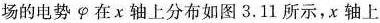
场的电势φ在x轴上分布如图3.11所示，x轴上